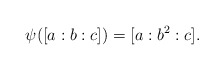
\begin{align*}\psi([a:b:c]) = [a:b^2:c].\end{align*}